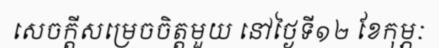
សេចក្តីសម្រេចចិត្តមួយ នៅថ្ងៃទី១២ ខែកុម្ភៈ